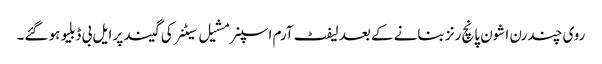
روی چندرن اشون پانچ رنز بنانے کے بعد لیفٹ آرم اسپنر مشیل سیٹنر کی گیند پر ایل بی ڈبلیو ہو گئے۔